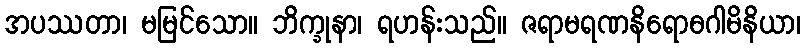
အပဿတာ၊ မမြင်သော။ ဘိက္ခုနာ၊ ရဟန်းသည်။ ဇရာမရဏနိရောဓဂါမိနိယာ၊